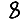
Digit: 8